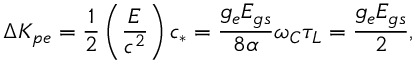
\Delta K _ { p e } = \frac { 1 } { 2 } \left( \frac { E } { c ^ { 2 } } \right) c _ { * } = \frac { g _ { e } E _ { g s } } { 8 \alpha } \omega _ { C } \tau _ { L } = \frac { g _ { e } E _ { g s } } { 2 } ,